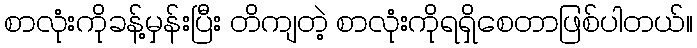
စာလုံးကိုခန့်မှန်းပြီး တိကျတဲ့ စာလုံးကိုရရှိစေတာဖြစ်ပါတယ်။